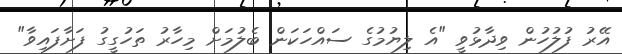
އޭރު ފުލުހުން ވިދާޅުވީ "އެ ލިޔުމުގެ ސައްހަކަން ބެލުމަށް މިހާރު ތަހުގީގު ފަށާފައިވާ"